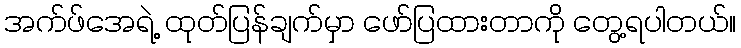
အက်ဖ်အေရဲ့ ထုတ်ပြန်ချက်မှာ ဖော်ပြထားတာကို တွေ့ရပါတယ်။